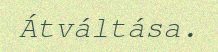
Átváltása.